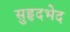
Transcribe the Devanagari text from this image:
सुहृदभेद